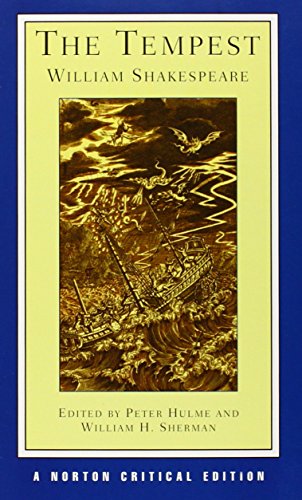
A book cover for The Tempest (Norton Critical Editions); William Shakespeare; Literature & Fiction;